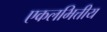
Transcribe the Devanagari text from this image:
एकलभित्तीय